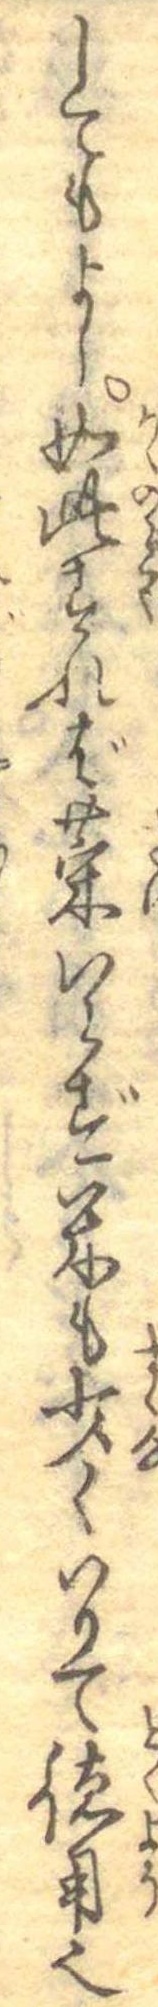
してもよし如此すれば菜いらず米も少くいりて徳用也